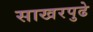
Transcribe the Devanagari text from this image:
साखरपुढे